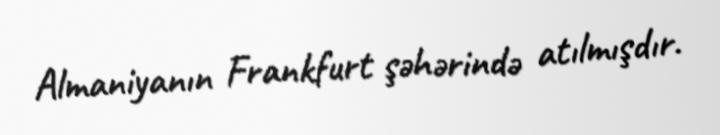
Almaniyanın Frankfurt şəhərində atılmışdır.